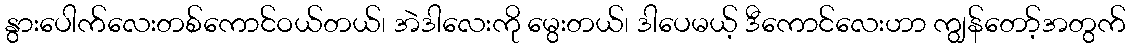
နွားပေါက်လေးတစ်ကောင်ဝယ်တယ်၊ အဲဒါလေးကို မွေးတယ်၊ ဒါပေမယ့် ဒီကောင်လေးဟာ ကျွန်တော့်အတွက်